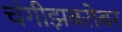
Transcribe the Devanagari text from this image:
चंगीझबरोबर